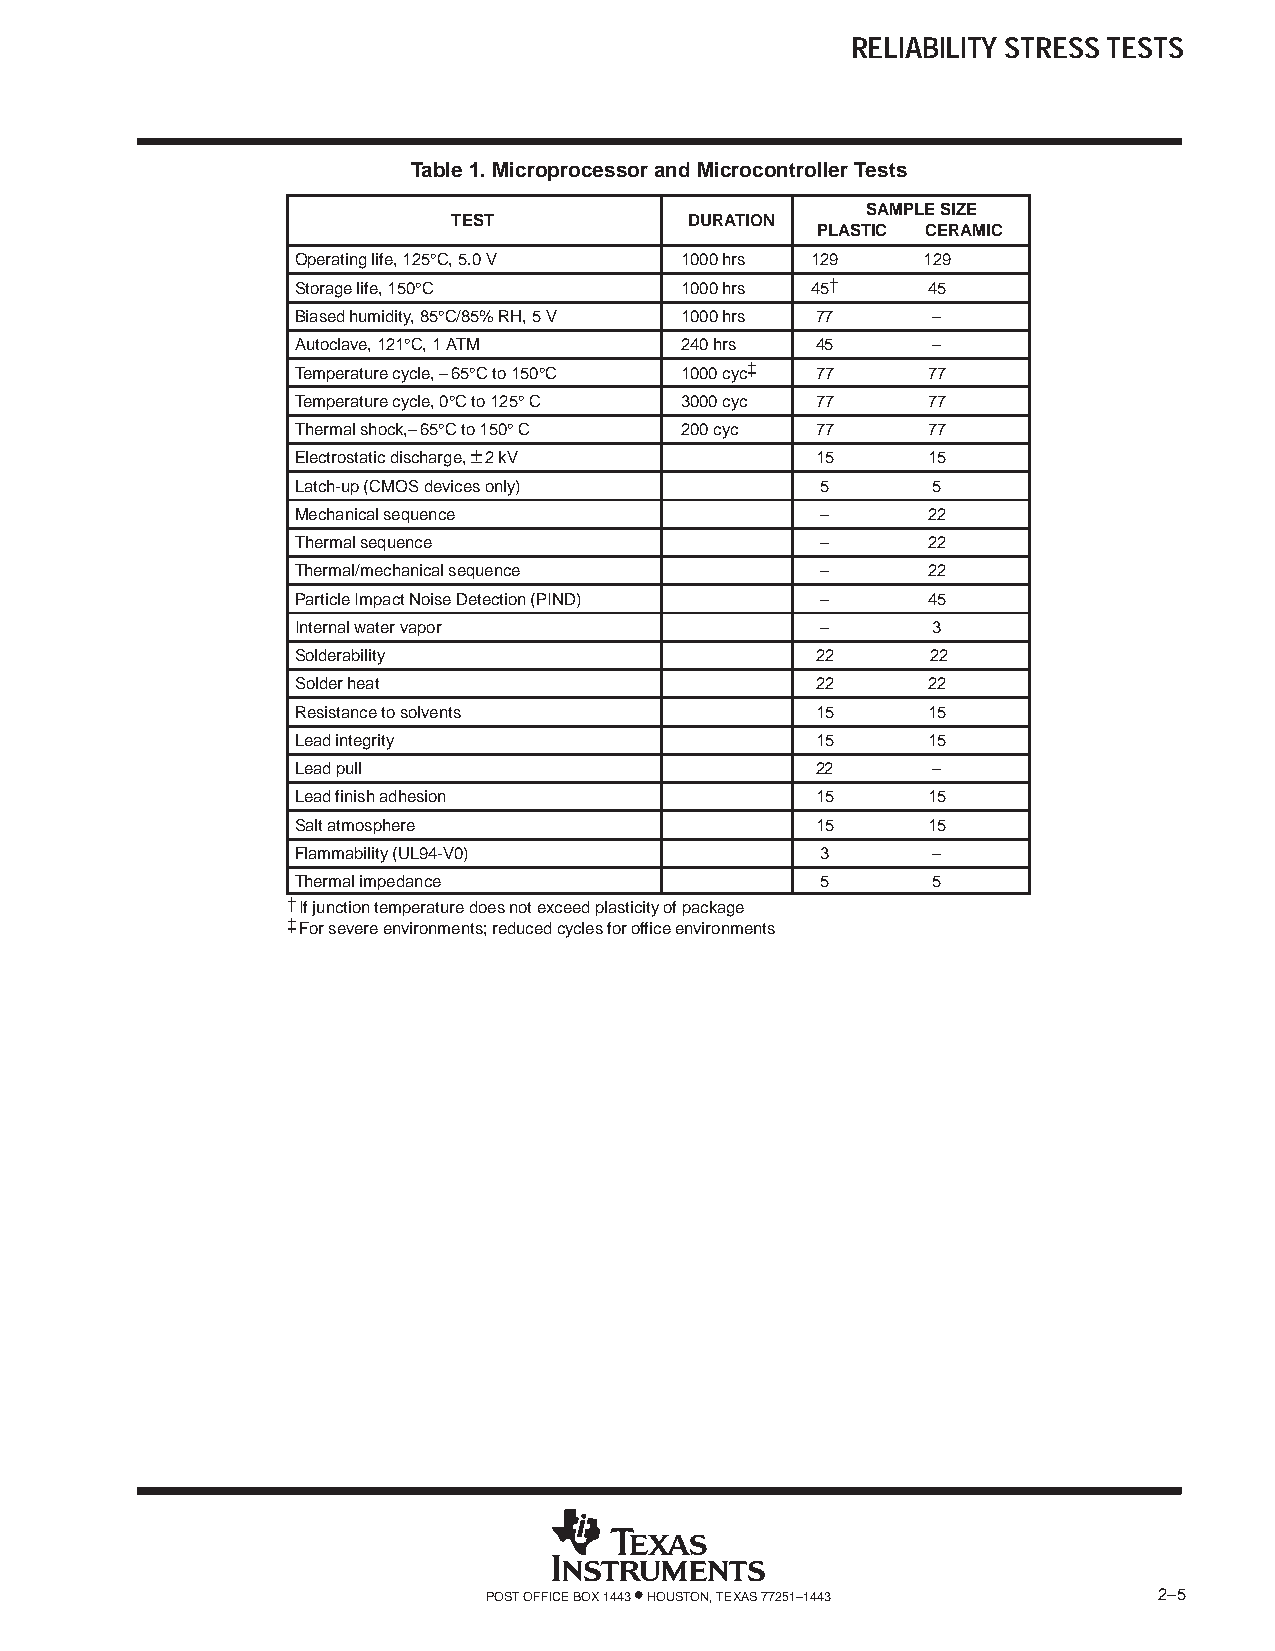
RELIABILITY STRESS TESTS
 Table 1. Microprocessor and Microcontroller Tests
 SAMPLE SIZE
 TEST            DURATION
 PLASTIC CERAMIC
 Operating life, 125°C, 5.0 V 1000 hrs 129 129
 Storage life, 150°C      1000 hrs 45†    45
 Biased humidity, 85°C/85% RH, 5 V 1000 hrs 77 –
 Autoclave, 121°C, 1 ATM  240 hrs  45      –
 Temperature cycle, –65°C to 150°C 1000 cyc‡ 77 77
 Temperature cycle, 0°C to 125°C 3000 cyc 77 77
 Thermal shock,–65°C to 150°C 200 cyc 77  77
 ±
 Electrostatic discharge, 2 kV     15     15
 Latch-up (CMOS devices only)      5       5
 Mechanical sequence               –      22
 Thermal sequence                  –      22
 Thermal/mechanical sequence       –      22
 Particle Impact Noise Detection (PIND) – 45
 Internal water vapor              –       3
 Solderability                     22      22
 Solder heat                       22     22
 Resistance to solvents            15     15
 Lead integrity                    15     15
 Lead pull                         22      –
 Lead finish adhesion              15     15
 Salt atmosphere                   15     15
 Flammability (UL94-V0)            3       –
 Thermal impedance                 5       5
 †If junction temperature does not exceed plasticity of package
 ‡For severe environments; reduced cycles for office environments
 POST OFFICE BOX 1443 • HOUSTON, TEXAS 77251–1443 2–5